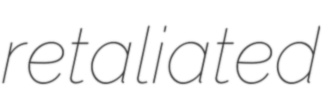
retaliated